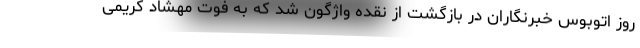
روز اتوبوس خبرنگاران در بازگشت از نقده واژگون شد که به فوت مهشاد کریمی